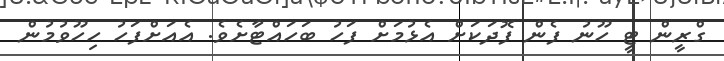
ގްރީން ޓީ ހޫނު ފެން ފޮދަކަށް އެޅުމަށް ފަހު ބަހައްޓާށެވެ. އެއަށްފަހު ހިހޫވުމުން